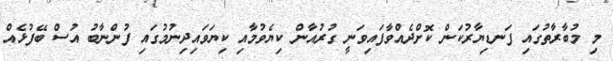
މި މުބާރާތުގައި ފަނޑިޔާރުކަން ކޮށްދެއްވާފައިވަނީ ގުރުއާން ކިޔެވުމާއި ކިޔަވައިދިނުމުގައި ފުންނާބު އުސް ބޭފުޅެއް